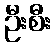
ဦးစီး